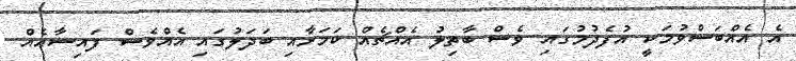
އެ އެއްބަސްވުމަކީ އުފެދުމުގައި ވެސް ބާތިލު އެއްޗެއް ކަމަށާއި ބަދަލުގައި އެއްވެސް ފައިސާއެއް